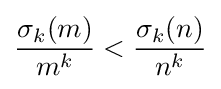
{\frac {\sigma _{k}(m)}{m^{k}}}<{\frac {\sigma _{k}(n)}{n^{k}}}